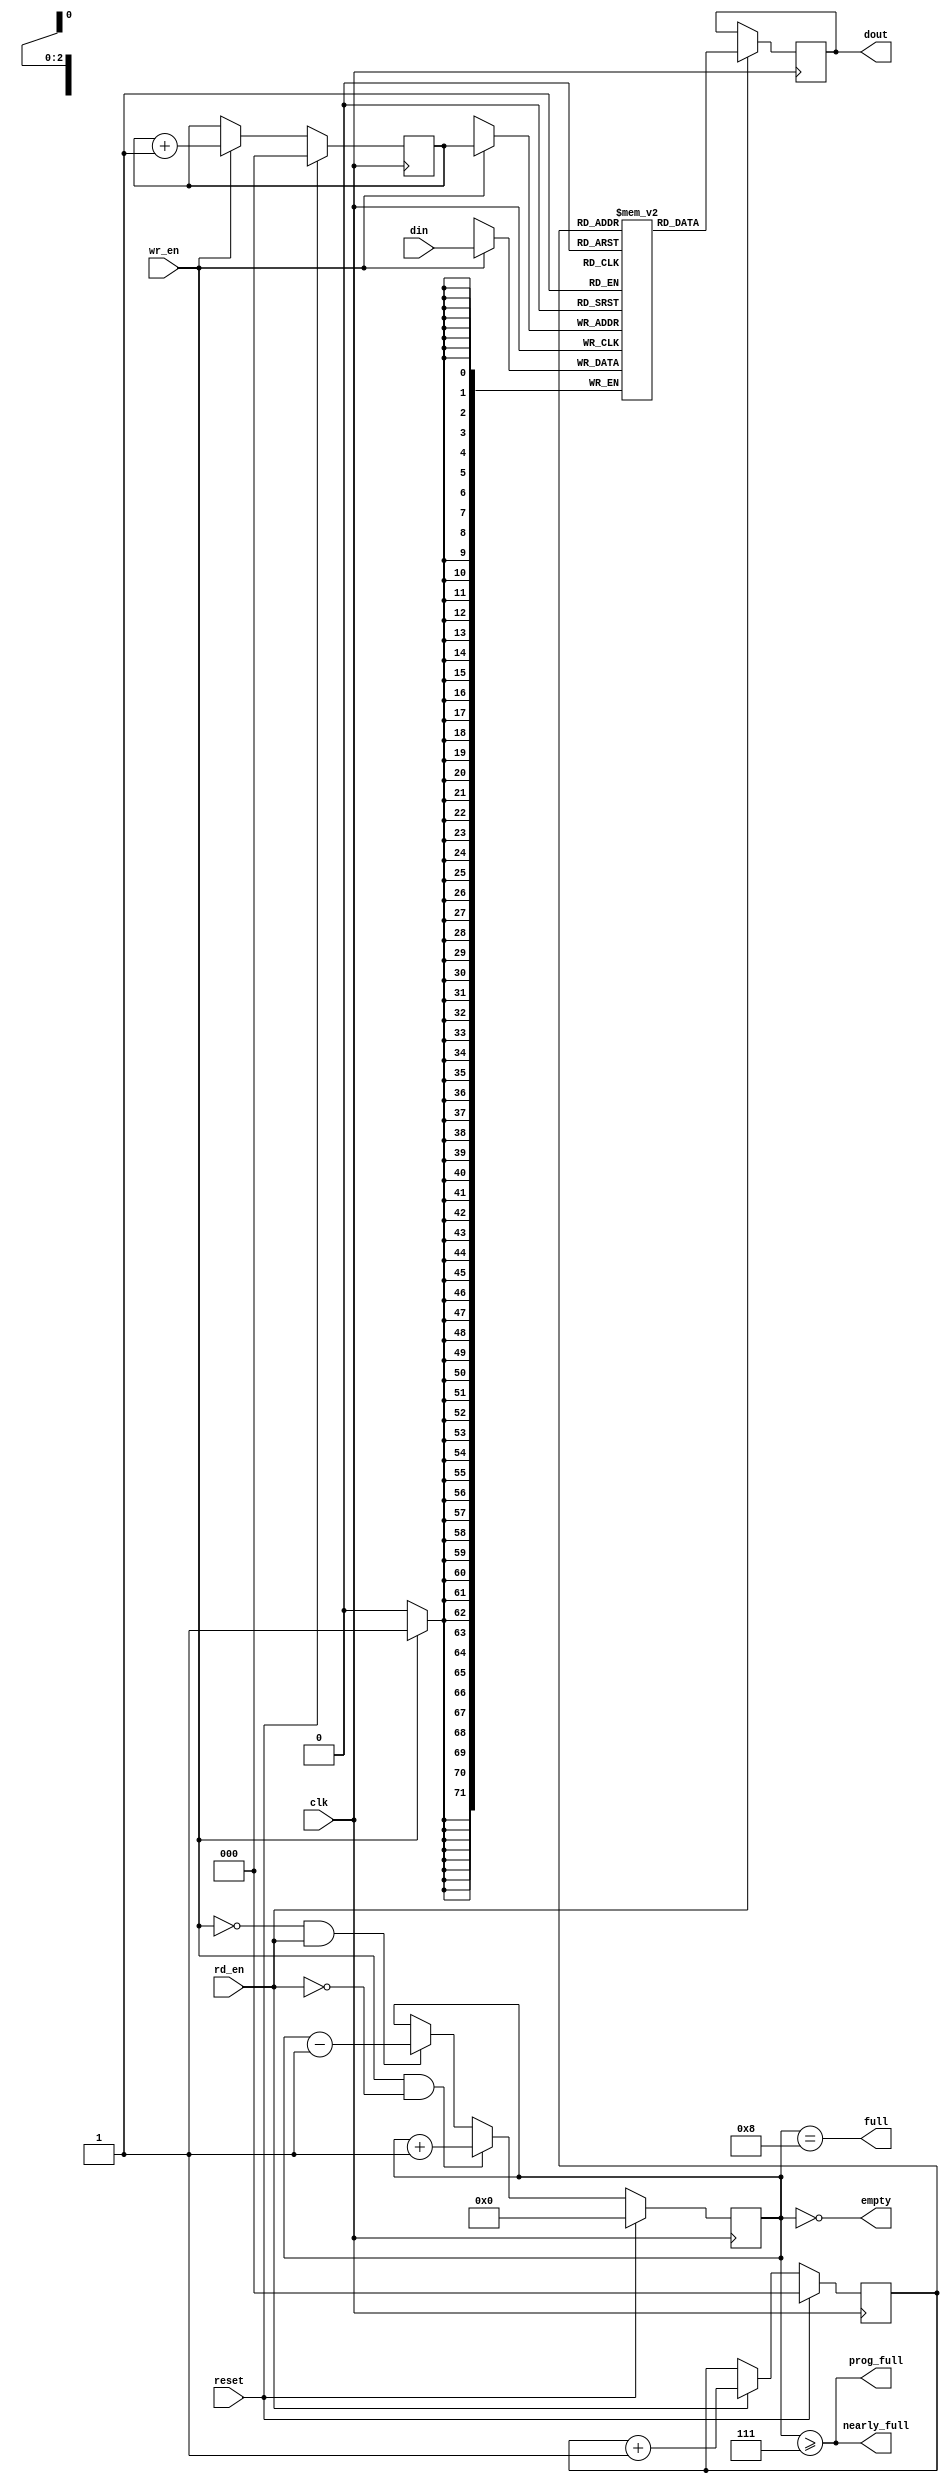
//-
// Copyright (c) 2015 University of Cambridge
// All rights reserved.
//
// This software was developed by
// Stanford University and the University of Cambridge Computer Laboratory
// under National Science Foundation under Grant No. CNS-0855268,
// the University of Cambridge Computer Laboratory under EPSRC INTERNET Project EP/H040536/1 and
// by the University of Cambridge Computer Laboratory under DARPA/AFRL contract FA8750-11-C-0249 ("MRC2"), 
// as part of the DARPA MRC research programme.
//
// @NETFPGA_LICENSE_HEADER_START@
//
// Licensed to NetFPGA C.I.C. (NetFPGA) under one or more contributor
// license agreements.  See the NOTICE file distributed with this work for
// additional information regarding copyright ownership.  NetFPGA licenses this
// file to you under the NetFPGA Hardware-Software License, Version 1.0 (the
// "License"); you may not use this file except in compliance with the
// License.  You may obtain a copy of the License at:
//
//   http://www.netfpga-cic.org
//
// Unless required by applicable law or agreed to in writing, Work distributed
// under the License is distributed on an "AS IS" BASIS, WITHOUT WARRANTIES OR
// CONDITIONS OF ANY KIND, either express or implied.  See the License for the
// specific language governing permissions and limitations under the License.
//
// @NETFPGA_LICENSE_HEADER_END@
//
///////////////////////////////////////////////////////////////////////////////
// $Id: small_fifo.v 4761 2008-12-27 01:11:00Z jnaous $
//
// Module: small_fifo.v
// Project: UNET
// Description: small fifo with no fallthrough i.e. data valid after rd is high
//
// Change history:
//   7/20/07 -- Set nearly full to 2^MAX_DEPTH_BITS - 1 by default so that it
//              goes high a clock cycle early.
//   11/2/09 -- Modified to have both prog threshold and almost full
///////////////////////////////////////////////////////////////////////////////
`timescale 1ns/1ps

  module small_fifo
    #(parameter WIDTH = 72,
      parameter MAX_DEPTH_BITS = 3,
      parameter PROG_FULL_THRESHOLD = 2**MAX_DEPTH_BITS - 1
      )
    (

     input [WIDTH-1:0] din,     // Data in
     input          wr_en,   // Write enable

     input          rd_en,   // Read the next word

     output reg [WIDTH-1:0]  dout,    // Data out
     output         full,
     output         nearly_full,
     output         prog_full,
     output         empty,

     input          reset,
     input          clk
     );


parameter MAX_DEPTH        = 2 ** MAX_DEPTH_BITS;

reg [WIDTH-1:0] queue [MAX_DEPTH - 1 : 0];
reg [MAX_DEPTH_BITS - 1 : 0] rd_ptr;
reg [MAX_DEPTH_BITS - 1 : 0] wr_ptr;
reg [MAX_DEPTH_BITS : 0] depth;

// Sample the data
always @(posedge clk)
begin
   if (wr_en)
      queue[wr_ptr] <= din;
   if (rd_en)
      dout <=
	      // synthesis translate_off
	      #1
	      // synthesis translate_on
	      queue[rd_ptr];
end

always @(posedge clk)
begin
   if (reset) begin
      rd_ptr <= 'h0;
      wr_ptr <= 'h0;
      depth  <= 'h0;
   end
   else begin
      if (wr_en) wr_ptr <= wr_ptr + 'h1;
      if (rd_en) rd_ptr <= rd_ptr + 'h1;
      if (wr_en & ~rd_en) depth <=
				   // synthesis translate_off
				   #1
				   // synthesis translate_on
				   depth + 'h1;
      else if (~wr_en & rd_en) depth <=
				   // synthesis translate_off
				   #1
				   // synthesis translate_on
				   depth - 'h1;
   end
end

assign full = depth == MAX_DEPTH;
assign prog_full = (depth >= PROG_FULL_THRESHOLD);
assign nearly_full = depth >= MAX_DEPTH-1;
assign empty = depth == 'h0;

// synthesis translate_off
always @(posedge clk)
begin
   if (wr_en && depth == MAX_DEPTH && !rd_en)
      $display($time, " ERROR: Attempt to write to full FIFO: %m");
   if (rd_en && depth == 'h0)
      $display($time, " ERROR: Attempt to read an empty FIFO: %m");
end
// synthesis translate_on

endmodule // small_fifo